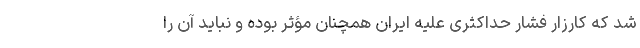
شد که کارزار فشار حداکثری علیه ایران همچنان مؤثر بوده و نباید آن را